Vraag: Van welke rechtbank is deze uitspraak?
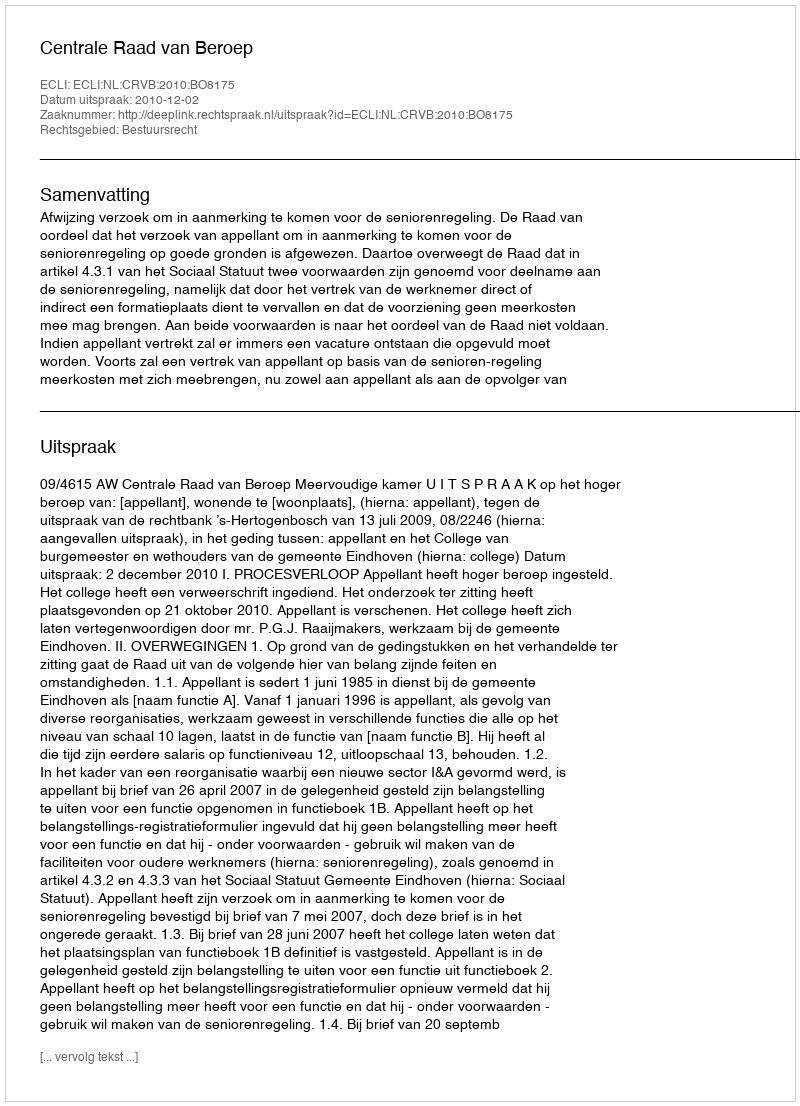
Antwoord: Centrale Raad van Beroep